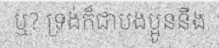
ឬ? ទ្រង់ក៏ជាបងប្អូននឹង